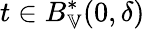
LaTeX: t\in B_{\mathbb{V}}^{*}(0,\delta)